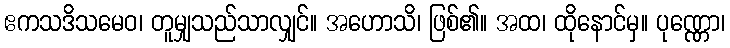
ဧကသဒိသမေဝ၊ တူမျှသည်သာလျှင်။ အဟောသိ၊ ဖြစ်၏။ အထ၊ ထိုနောင်မှ။ ပုဏ္ဏော၊